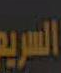
السريع